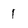
Character: 1